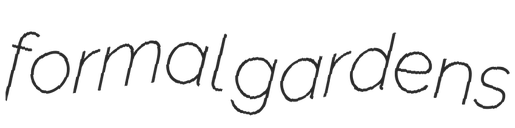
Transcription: formal gardens